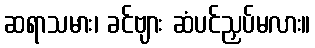
ဆရာသမား၊ ခင်ဗျား ဆံပင်ညှပ်မလား။